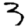
Digit: 3